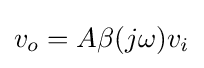
v_{o}=A\beta (j\omega )v_{i}